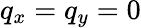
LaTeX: q_{x}=q_{y}=0